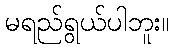
မရည်ရွယ်ပါဘူး။